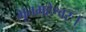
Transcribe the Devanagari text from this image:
भूतमहेश्वरः।